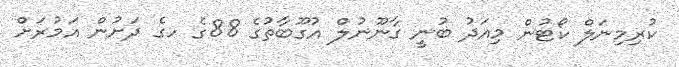
ކުރިމިނަލް ކޯޓުން މިއަދު ބުނީ ގާނޫނުލް އުގޫބާތުގެ 88ގެ ހގެ ދަށުން އަމުރަށް